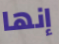
إنها